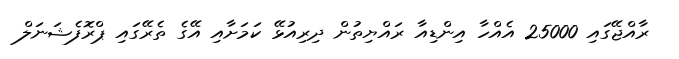
ރާއްޖޭގައި 25000 އެއްހާ އިންޑިއާ ރައްޔިތުން ދިރިއުޅޭ ކަމަށާއި އޭގެ ތެރޭގައި ޕްރޮފެޝަނަލް